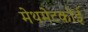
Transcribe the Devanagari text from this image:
मेथमेटकोई